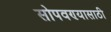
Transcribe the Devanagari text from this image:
सोपवण्यासाठी